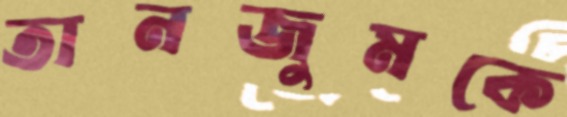
তানজুমকে